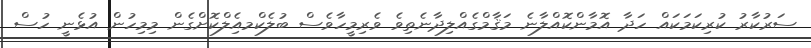
ސަރުކާރު ކުރިކަމަކައް ހަދާ އޮމާންކޮއްލާނެ މަޤާމްގެއްލިދާނެތިވެ ވެރިމީހާވެސް ބުލެކްމއެިލްކޮށްގެން މިމިހުން އުޅެނީ ހުސް